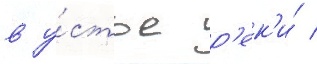
в у́стье р'ек'и́ /